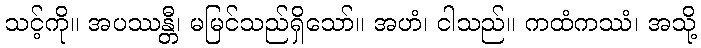
သင့်ကို။ အပဿန္တီ၊ မမြင်သည်ရှိသော်။ အဟံ၊ ငါသည်။ ကထံကဿံ၊ အသို့